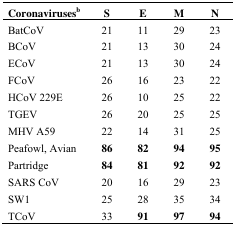
| Coronavirusesb | S | E | M | N |
 | --- | --- | --- | --- | --- |
 | BatCoV | 21 | 11 | 29 | 23 |
 | BCoV | 21 | 13 | 30 | 24 |
 | ECoV | 21 | 13 | 30 | 24 |
 | FCoV | 26 | 16 | 23 | 22 |
 | HCoV 229E | 26 | 10 | 25 | 22 |
 | TGEV | 26 | 20 | 25 | 25 |
 | MHV A59 | 22 | 14 | 31 | 25 |
 | Peafowl, Avian | 86 | 82 | 94 | 95 |
 | Partridge | 84 | 81 | 92 | 92 |
 | SARS CoV | 20 | 16 | 29 | 23 |
 | SW1 | 25 | 28 | 35 | 34 |
 | TCoV | 33 | 91 | 97 | 94 |